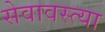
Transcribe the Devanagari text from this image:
सेवावस्त्या